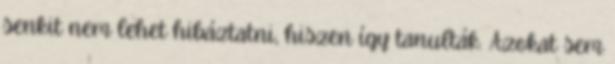
senkit nem lehet hibáztatni, hiszen így tanulták. Azokat sem